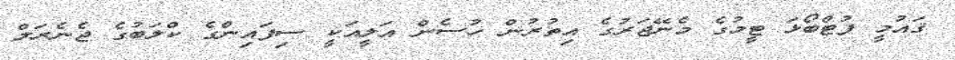
ޤައުމީ ފުޓްބޯޅަ ޓީމުގެ މެނޭޖަރުގެ އިތުރުން ހުސެން އަލީއަކީ ސިފައިންގެ ކްލަބުގެ ޖެނެރަލް